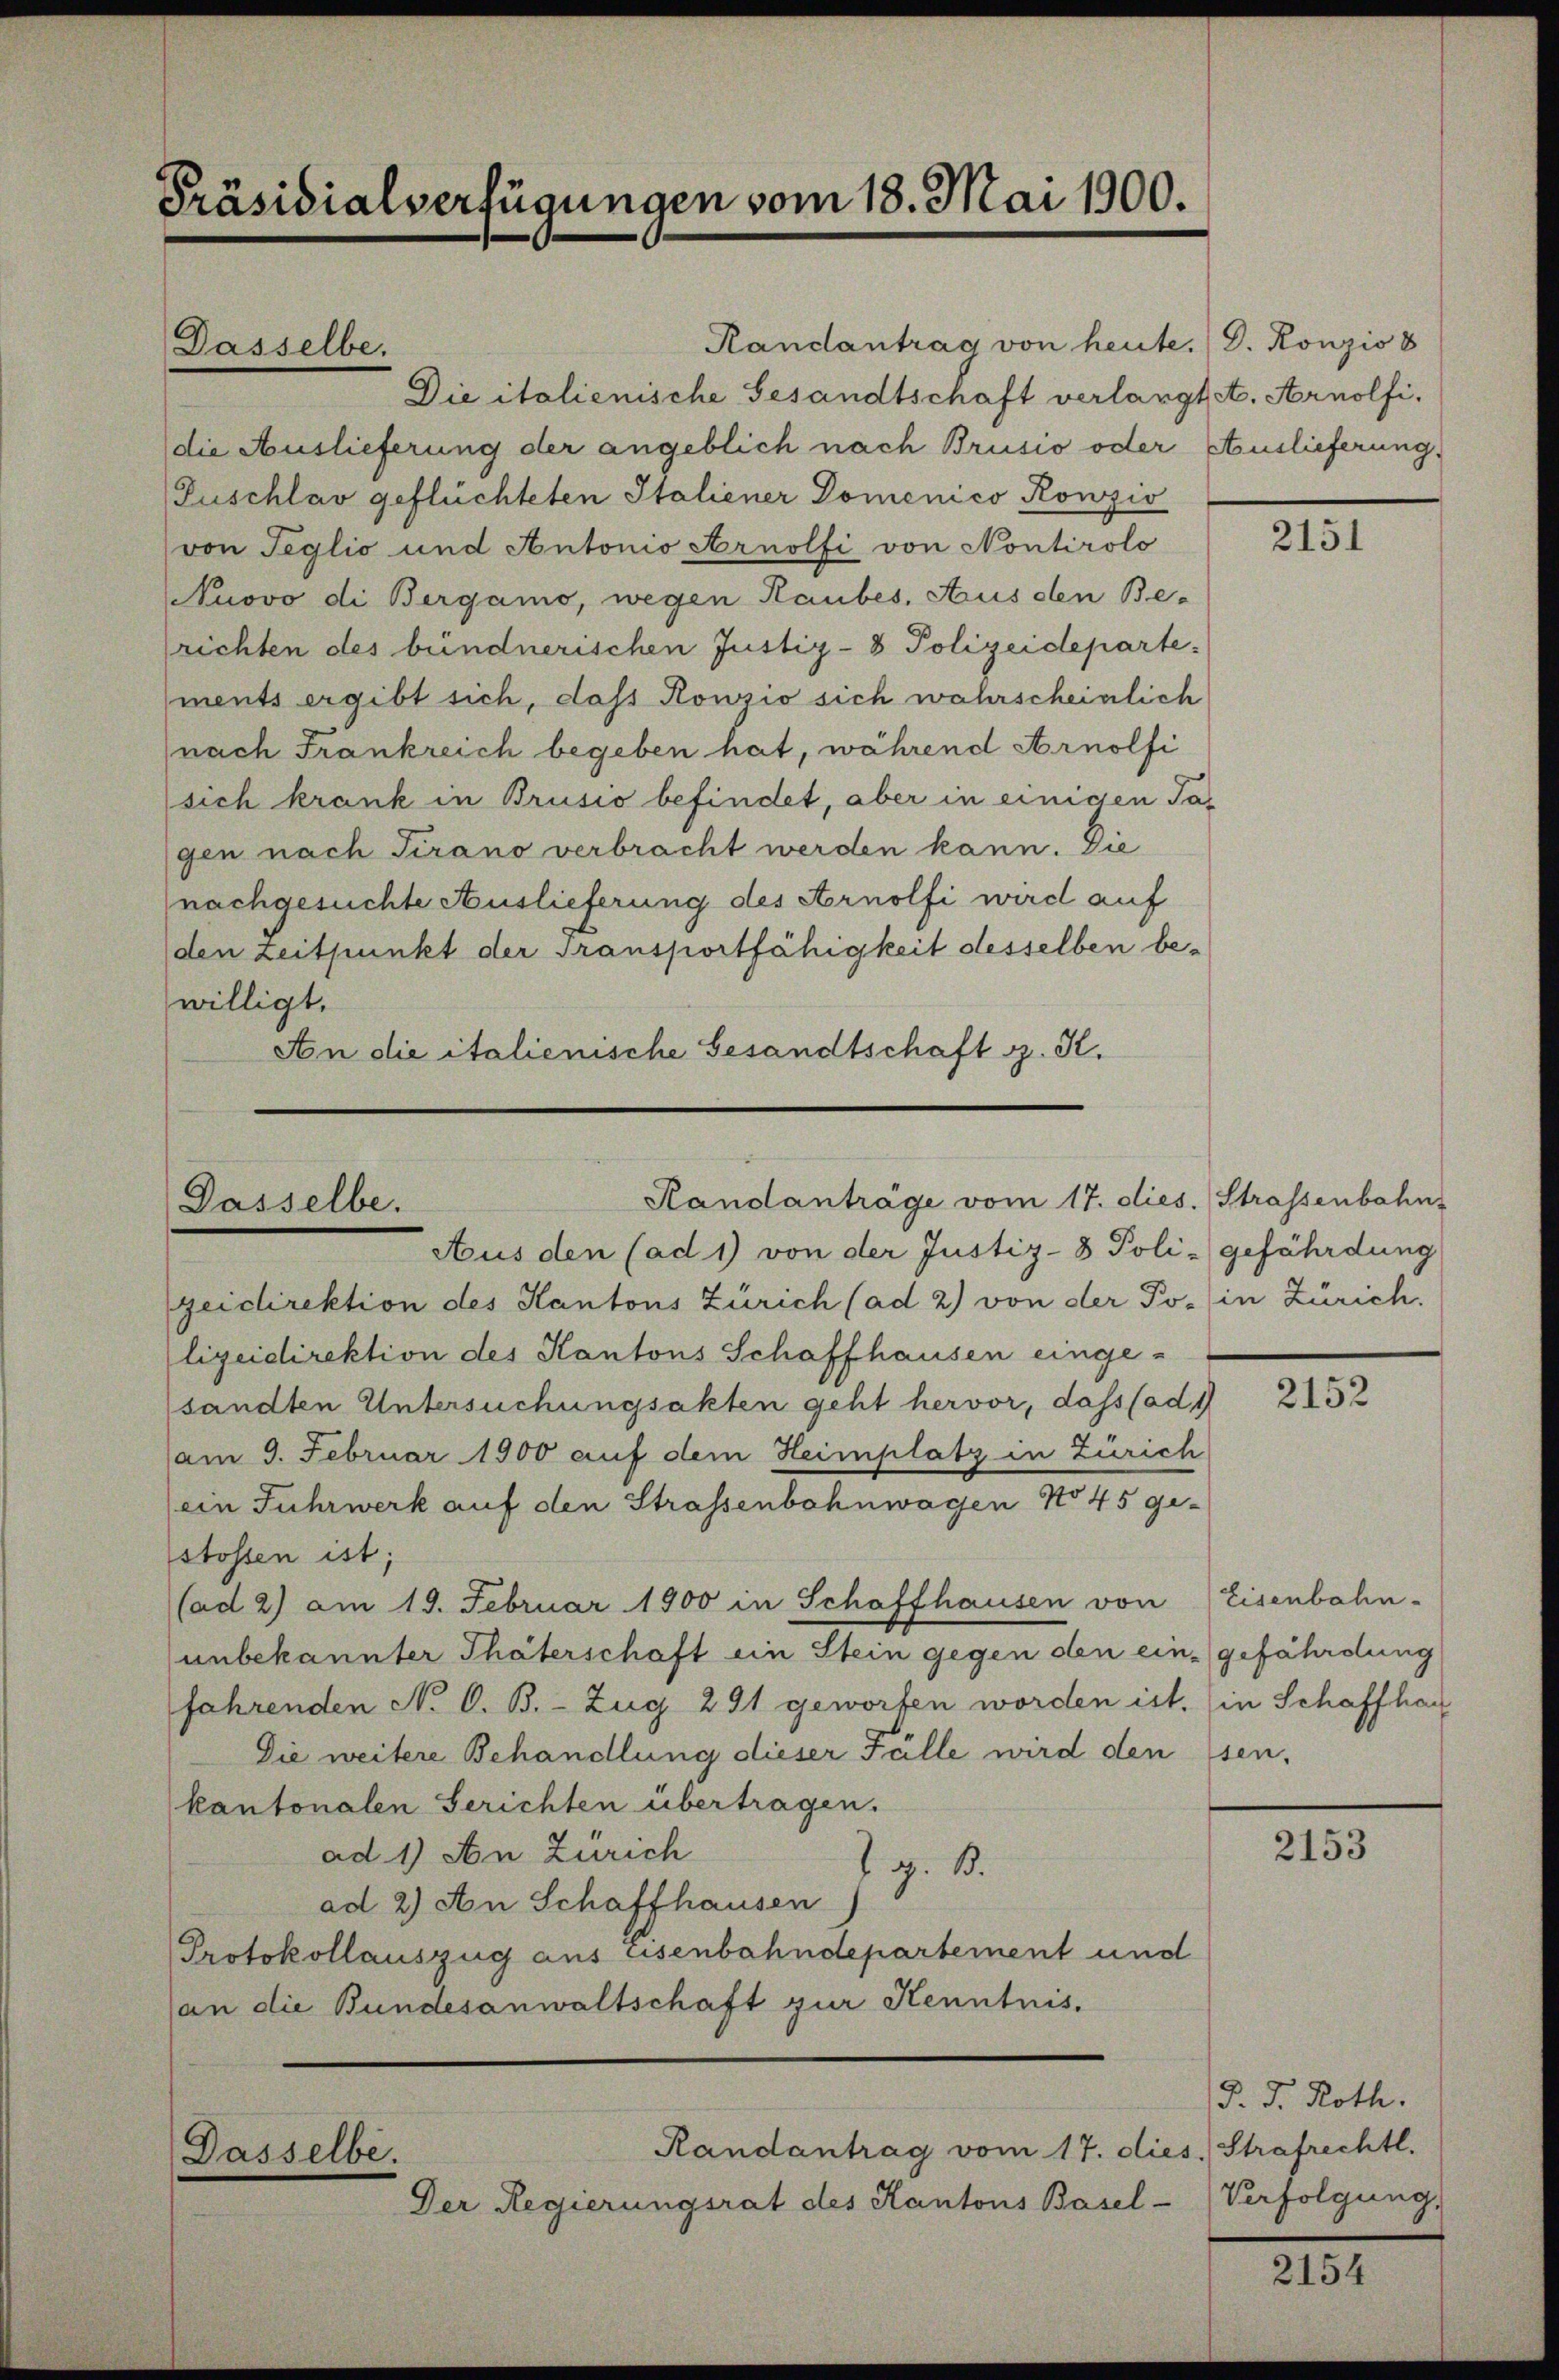
Präsidialverfügungen vom 18. Mai 1900.

Dasselbe.

Randantrag von heute. (D. Konzio 8
Die italienische Gesandtschaft verlangt et. Arnolfidie Auslieferung der angeblich nach Brusio oder Auslieferung,
Puschlav geflüchteten Italiener Domenico Konzio
von Teglio und Antonio Arnolfi von Nontirolo
Nuovo di Bergamo, wegen Raubes, Aus den Be-
richten des bündnerischen Justiz- & Polizeidepartements ergibt sich, dass Konzio sich wahrscheinlich
nach Frankreich begeben hat, während Arnolfi
sich krank in Brusio befindet, aber in einigen Jagen nach Tirano verbracht werden kann. Die
nachgesuchte Auslieferung des Arnolfi wird auf
den Zeitpunkt der Transportfähigkeit desselben bewilligt.
An die italienische Gesandtschaft z. K.

Randanträge vom 17. dies. Strassenbahn,
Dasselbe.
Aus den (ad 1) von der Justiz-8 Poli-gefährdung

geidirektion des Kantons Zürich (ad 2) von der Po-in Zürich.
lizeidirektion des Kantons Schaffhausen eingesandten Untersuchungsakten geht hervor, dass (ad 1
am 9. Februar 1900 auf dem Heimplatz in Zürich
ein Fuhrwerk auf den Strassenbahnwagen No 45 gestossen ist;
(ad 2) am 19. Februar 1900 in Schaffhausen von Eisenbahn-
unbekannter Thäterschaft ein Stein gegen den eingefährdung
fahrenden N. O. B. - Zug 291 geworfen worden ist. (in Schaffhau
Die weitere Behandlung dieser Fälle wird den sen.
kantonalen Gerichten übertragen.
ad 1) An Zürich
G. B.
ad 2) An Schaffhausen)
Protokollauszug aus Eisenbahndepartement und
(an die Bundesanwaltschaft zur Kenntnis.

Randantrag vom 17. dies. Strafrechtl.
Dasselbe.
Der Regierungsrat des Kantons Basel-Verfolgung,

2151

2152

2153

d. J. Roth.

2154